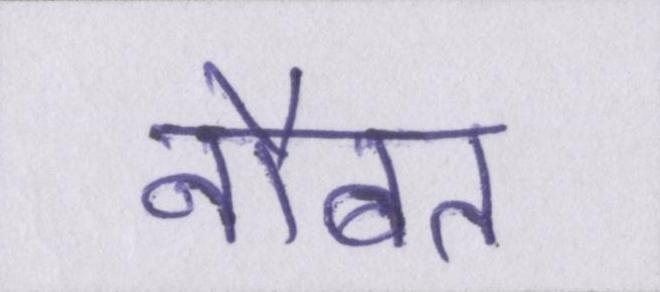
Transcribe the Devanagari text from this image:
नौबत